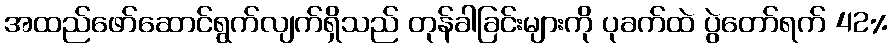
အထည်ဖော်ဆောင်ရွက်လျက်ရှိသည် တုန်ခါခြင်းများကို ပုခက်ထဲ ပွဲတော်ရက် 42%